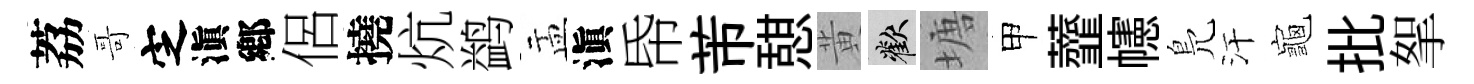
荔哥㝎滇鄕侶撓炕鹢盂滇帋芾憇黄歡塘甲虀幰鳬汗龜批挐